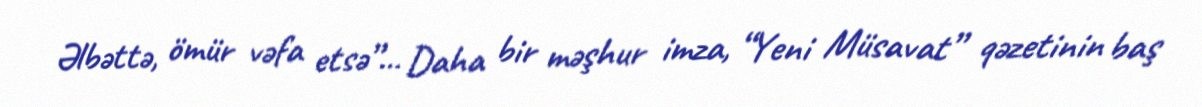
Əlbəttə, ömür vəfa etsə”... Daha bir məşhur imza, “Yeni Müsavat” qəzetinin baş